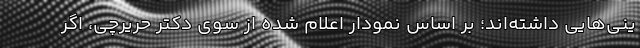
ینی‌هایی داشته‌اند؛ بر اساس نمودار اعلام شده از سوی دکتر حریرچی، اگر